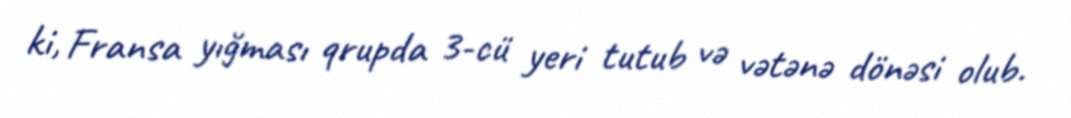
ki, Fransa yığması qrupda 3-cü yeri tutub və vətənə dönəsi olub.